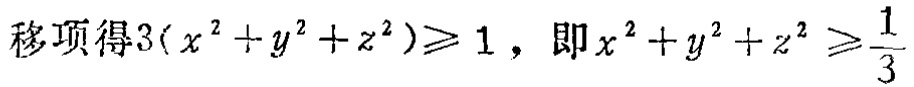
移项得\(3(x^{2}+y^{2}+z^{2})\geqslant 1\)，即\(x^{2}+y^{2}+z^{2}\geqslant \frac{1}{3}\)